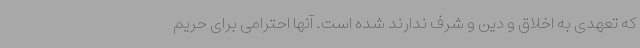
که تعهدی به اخلاق و دین و شرف ندارند شده است. آنها احترامی برای حریم